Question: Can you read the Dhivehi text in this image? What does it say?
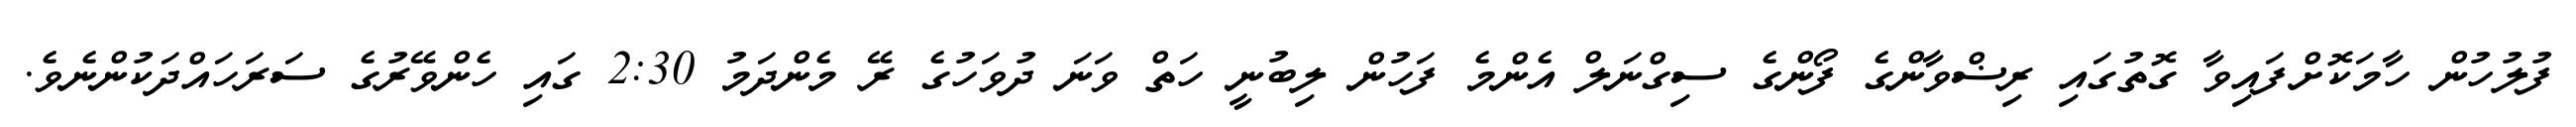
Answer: ފުލުހުން ހާމަކޮށްފައިވާ ގޮތުގައި ރިޟްވާންގެ ފޯންގެ ސިގްނަލް އެންމެ ފަހުން ލިބުނީ ހަތް ވަނަ ދުވަހުގެ ރޭ މެންދަމު 2:30 ގައި ހެންވޭރުގެ ސަރަހައްދަކުންނެވެ.